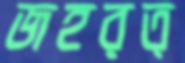
জহরত্